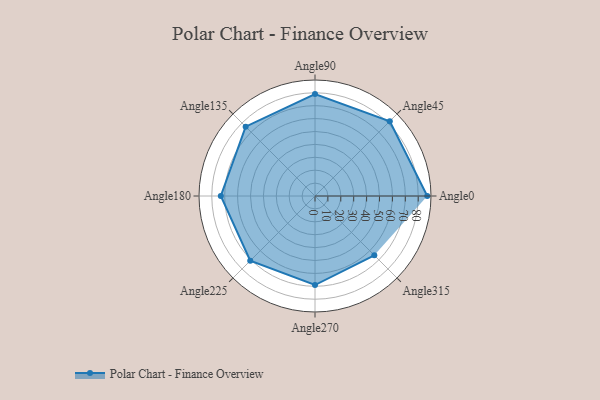
{"axis": {"x": "Angle", "y": "Radius"}, "legend": [""], "data": [{"x": "Angle0", "y": 87.0, "type": ""}, {"x": "Angle45", "y": 82.0, "type": ""}, {"x": "Angle90", "y": 79.0, "type": ""}, {"x": "Angle135", "y": 76.0, "type": ""}, {"x": "Angle180", "y": 73.0, "type": ""}, {"x": "Angle225", "y": 71.0, "type": ""}, {"x": "Angle270", "y": 69.0, "type": ""}, {"x": "Angle315", "y": 65.0, "type": ""}]}